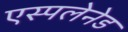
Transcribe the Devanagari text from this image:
एस्पलेनेड